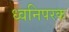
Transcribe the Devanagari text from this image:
ध्वनिपरक